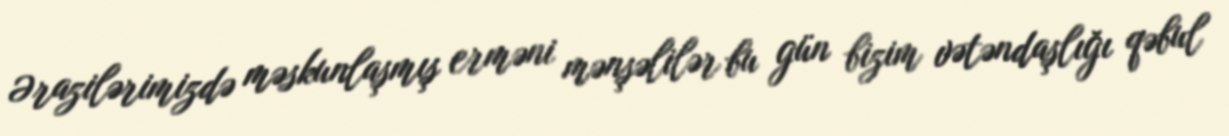
Ərazilərimizdə məskunlaşmış erməni mənşəlilər bu gün bizim vətəndaşlığı qəbul